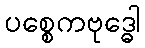
ပစ္စေကဗုဒ္ဓေါ